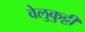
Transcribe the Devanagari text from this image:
वेलुकुट्टी